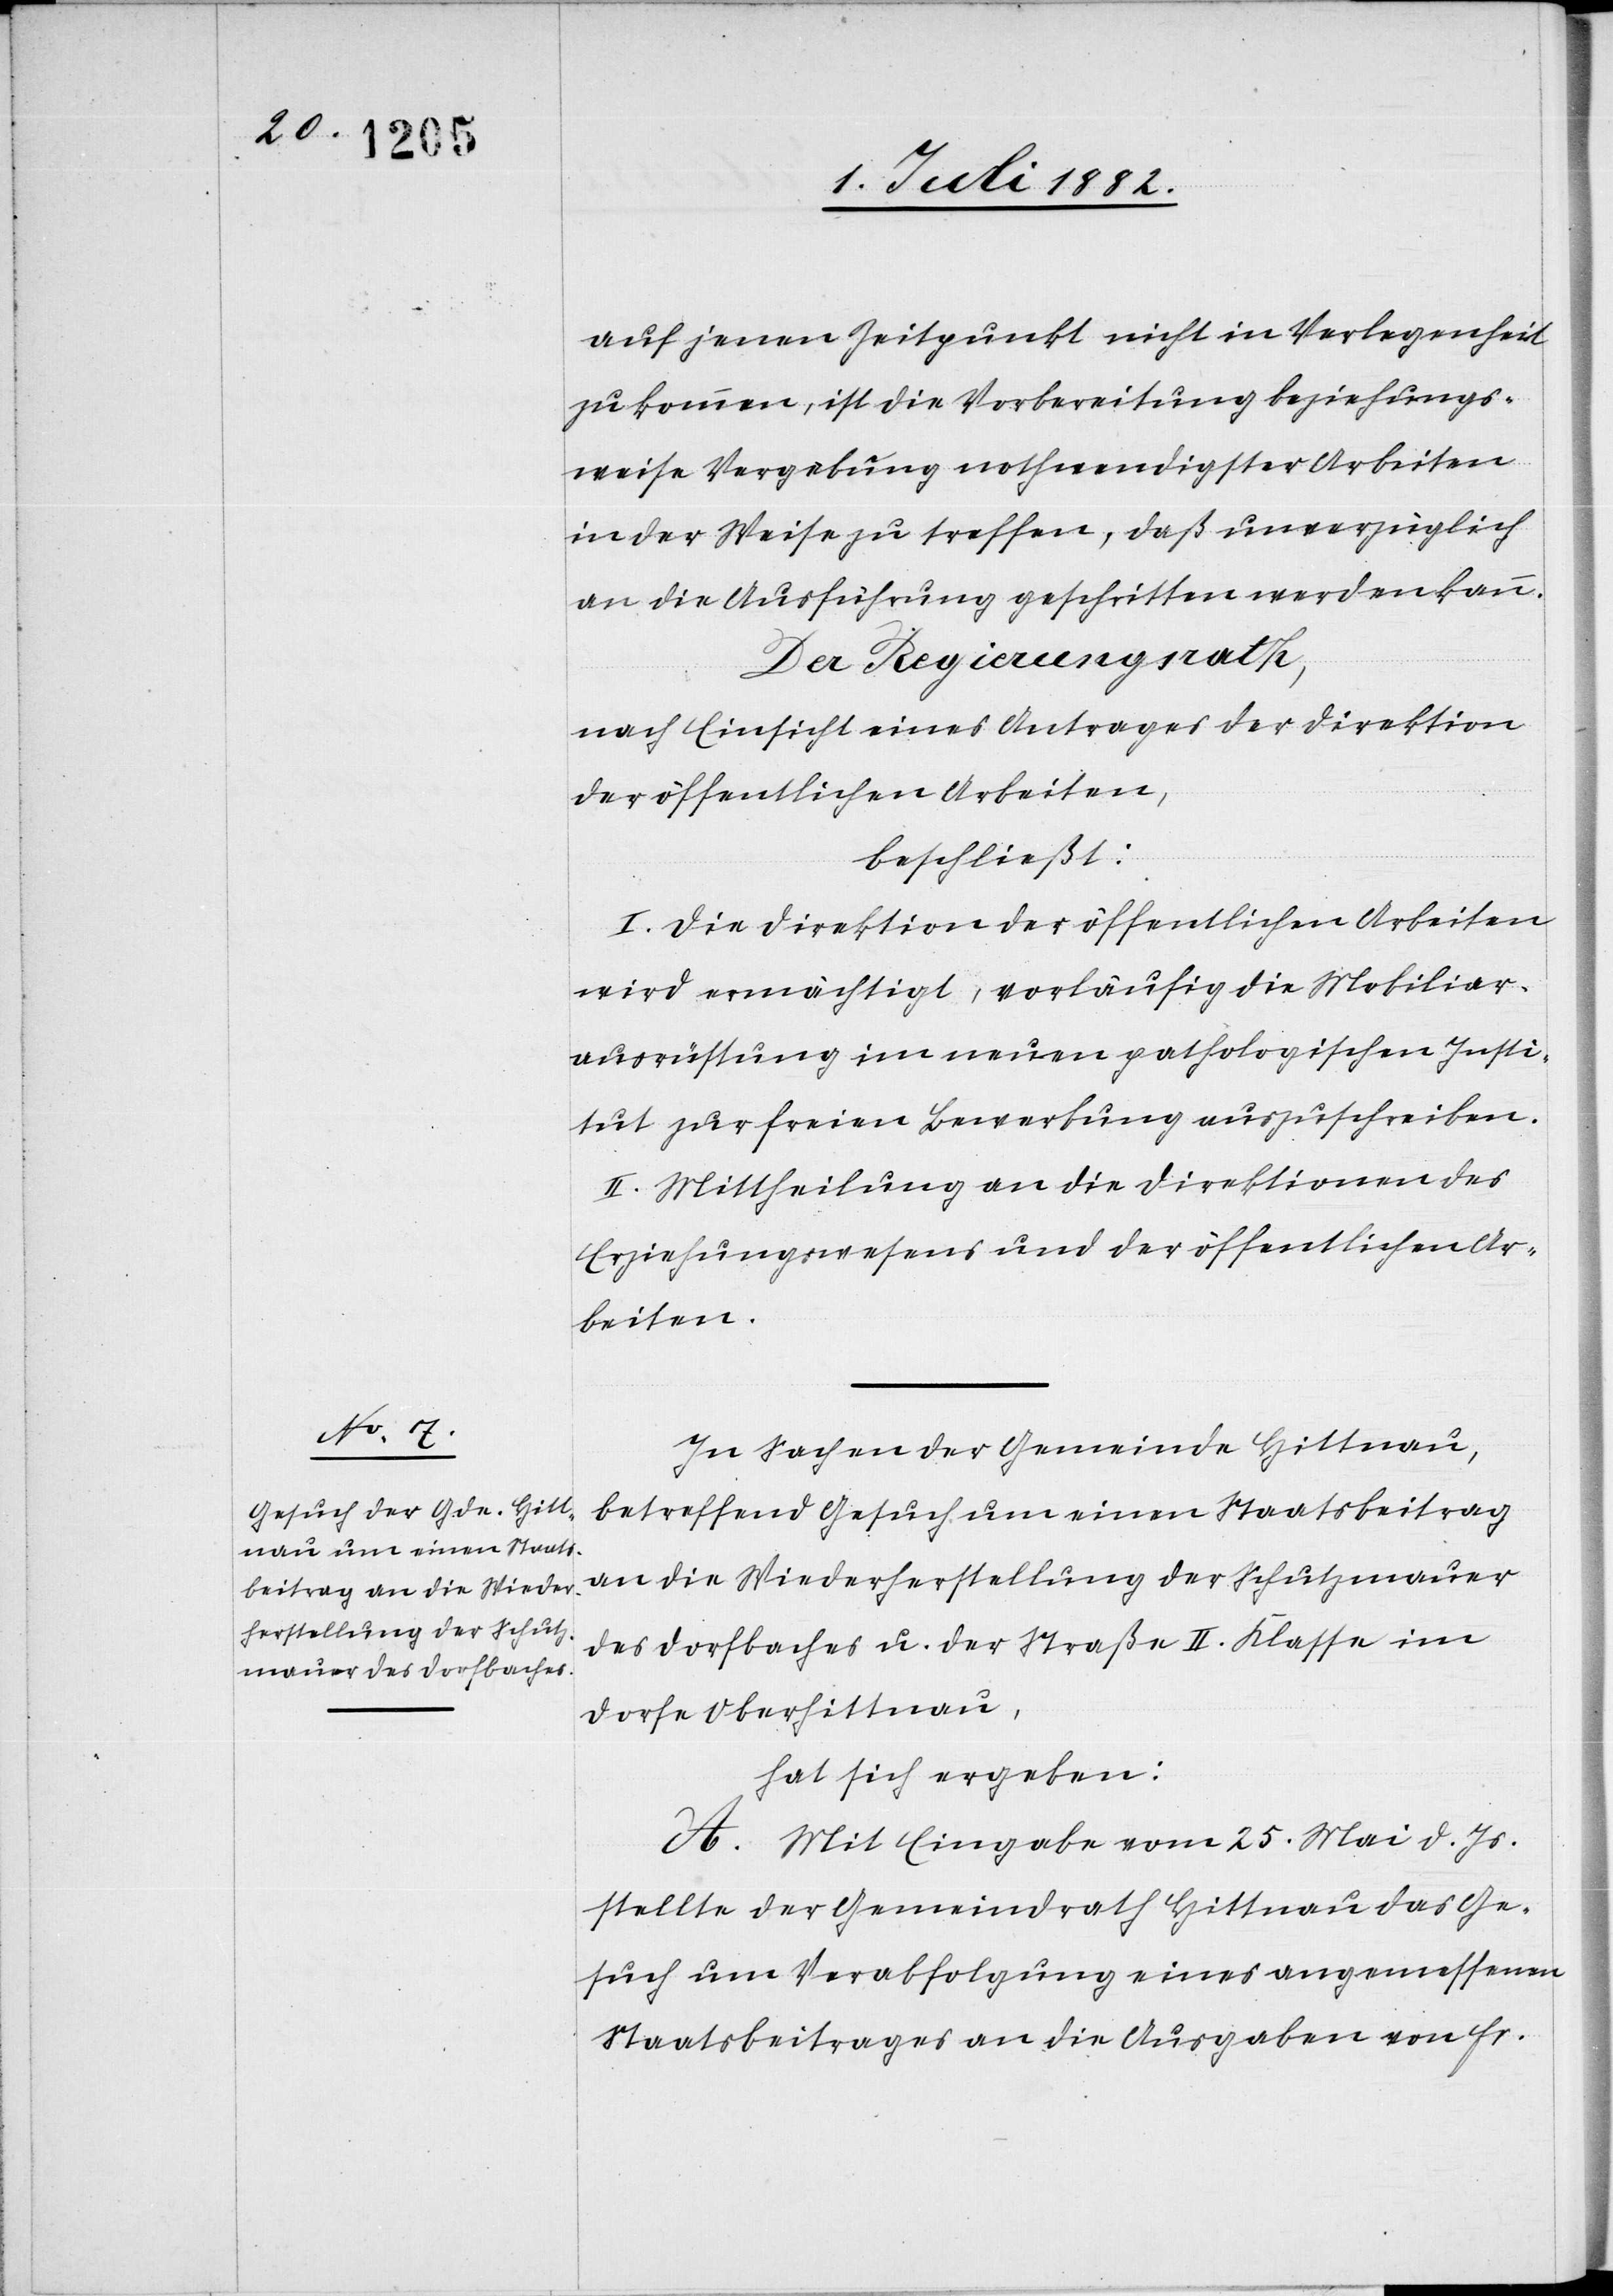
auf jenen Zeitpunkt nicht in Verlegenheit
zu kommen, ist die Vorbereitung beziehungs¬
weise Vergebung nothwendigster Arbeiten
in der Weise zu treffen, daß unverzüglich
an die Ausführung geschritten werden kann.
Der Regierungsrath,
nach Einsicht eines Antrages der Direktion
beschließt:
wird ermächtigt, vorläufig die Mobiliar¬
ausrüstung im neuen pathologischen Insti¬
tut zur freien Bewerbung auszuschreiben.
II. Mittheilung an die Direktionen des
Erziehungswesens und der öffentlichen Ar¬
beiten.
In Sachen der Gemeinde Hittnau,
betreffend Gesuch um einen Staatsbeitrag
an die Wiederherstellung der Schutzmauer
des Dorfbaches u. der Straße II. Klasse im
Dorfe Oberhittnau,
hat sich ergeben:
A. Mit Eingabe vom 25. Mai d. Js.
stellte der Gemeindrath Hittnau das Ge¬
such um Verabfolgung eines angemessenen
Staatsbeitrages an die Ausgaben von Fr.